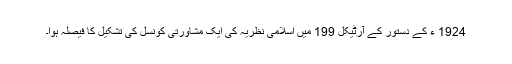
1924 ء کے دستور کے آرٹیکل 199 میں اسلامی نظریہ کی ایک مشاورتی کونسل کی تشکیل کا فیصلہ ہوا۔